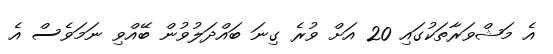
އެ މަޝްވަރާތަކުގައި 20 އަށް ވުރެ ގިނަ ބައްދަލުވުން ބޭއްވި ނަމަވެސް އެ